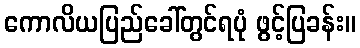
ကောလိယပြည်ခေါ်တွင်ရပုံ ဖွင့်ပြခန်း။